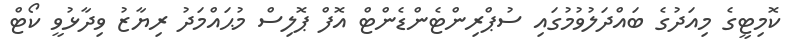
ކޮމިޓީގެ މިއަދުގެ ބައްދަލުވުމުގައި ސުޕްރިންޓެންޑެންޓް އޮފް ޕޮލިސް މުޙައްމަދު ރިޔާޒު ވިދާޅުވީ ކޯޓް